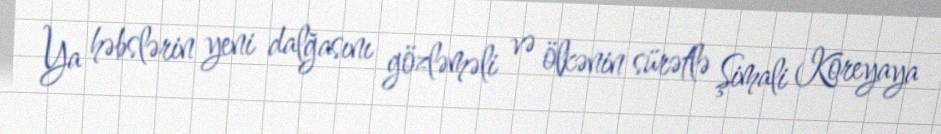
Ya həbslərin yeni dalğasını gözləməli və ölkənin sürətlə Şimali Koreyaya